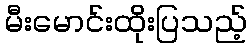
မီးမောင်းထိုးပြသည့်